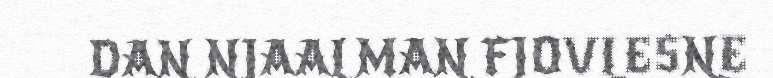
DAN NJAALMAN FJOVLESNE